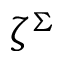
\zeta ^ { \Sigma }